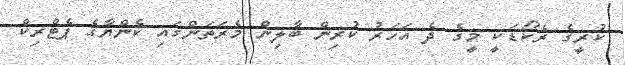
ކުރީގެ ރެކޯޑަކީ މީގެ ދެ އަހަރު ކުރިން ބާލިން މެރަތަންގައި ކެންޔާގެ ޕެޓްރިކް